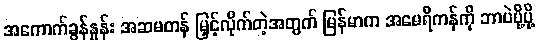
အကောက်ခွန်နှုန်း အဆမတန် မြှင့်လိုက်တဲ့အတွက် မြန်မာက အမေရိကန်ကို ဘာပဲပို့ပို့